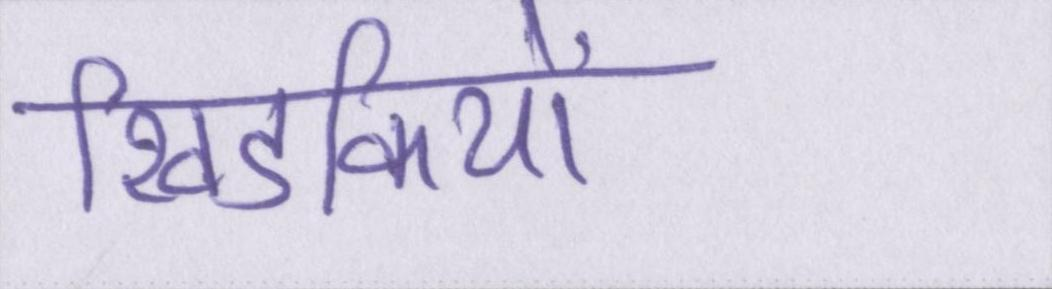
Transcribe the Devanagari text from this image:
खिडकियों